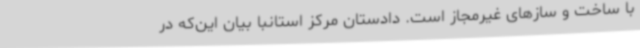
با ساخت و سازهای غیرمجاز است. دادستان مرکز استانبا بیان این‌که در